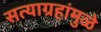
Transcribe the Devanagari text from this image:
सत्याग्रहांमुळे